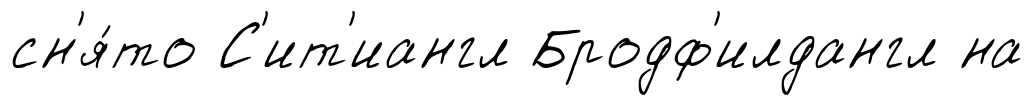
сн'я́то С'ит'иангл Бродф'илдангл на